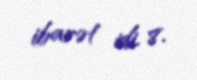
ibarət idi. 8.